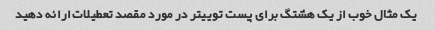
یک مثال خوب از یک هشتگ برای پست توییتر در مورد مقصد تعطیلات ارائه دهید